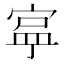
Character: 𭔄